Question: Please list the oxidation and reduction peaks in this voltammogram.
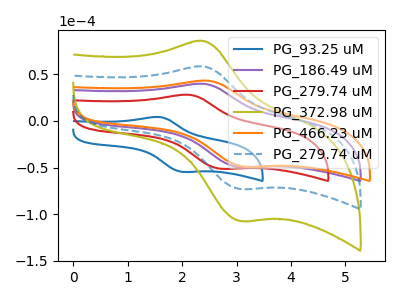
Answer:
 <answer>The blue curve "PG_93.25 uM" has an anodic peak at (1.55V, 4.10uA) and a cathodic peak at (2.05V, -54.70uA). The purple curve "PG_186.49 uM" has an anodic peak at (2.40V, 39.55uA) and a cathodic peak at (3.05V, -49.65uA). The red curve "PG_279.74 uM" has an anodic peak at (2.10V, 27.85uA) and a cathodic peak at (2.75V, -51.35uA). The olive curve "PG_372.98 uM" has an anodic peak at (2.40V, 116.25uA) and a cathodic peak at (3.05V, -145.95uA). The orange curve "PG_466.23 uM" has an anodic peak at (2.45V, 42.95uA) and a cathodic peak at (3.15V, -49.20uA). The blue dashed curve "PG_279.74 uM" has an anodic peak at (2.40V, 58.15uA) and a cathodic peak at (3.05V, -72.95uA).</answer>
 <eval></eval>